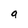
Character: a